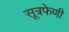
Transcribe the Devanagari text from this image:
सूत्रफेणी